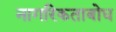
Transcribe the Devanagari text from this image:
नागरिकताबोध